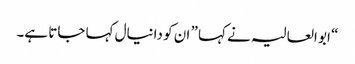
“ ابو العالیہ نے کہا ” ان کو دانیال کہا جاتا ہے۔